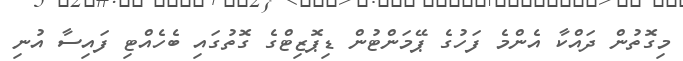
މިގޮތުން ދައްކާ އެންމެ ފަހުގެ ޕޭމަންޓުން ޑިޕޮޒިޓްގެ ގޮތުގައި ބެހެއްޓި ފައިސާ އުނި